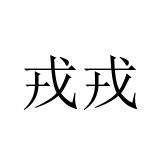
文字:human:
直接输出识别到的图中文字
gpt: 戎戎